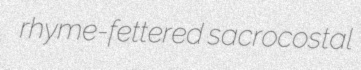
rhyme-fettered sacrocostal